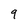
Character: 9